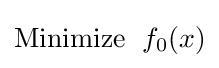
{\text{Minimize }}\;f_{0}(x)